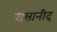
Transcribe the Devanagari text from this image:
ससानीद